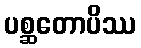
ပစ္ဆတောပိဿ